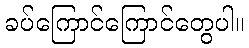
ခပ်ကြောင်ကြောင်တွေပါ။